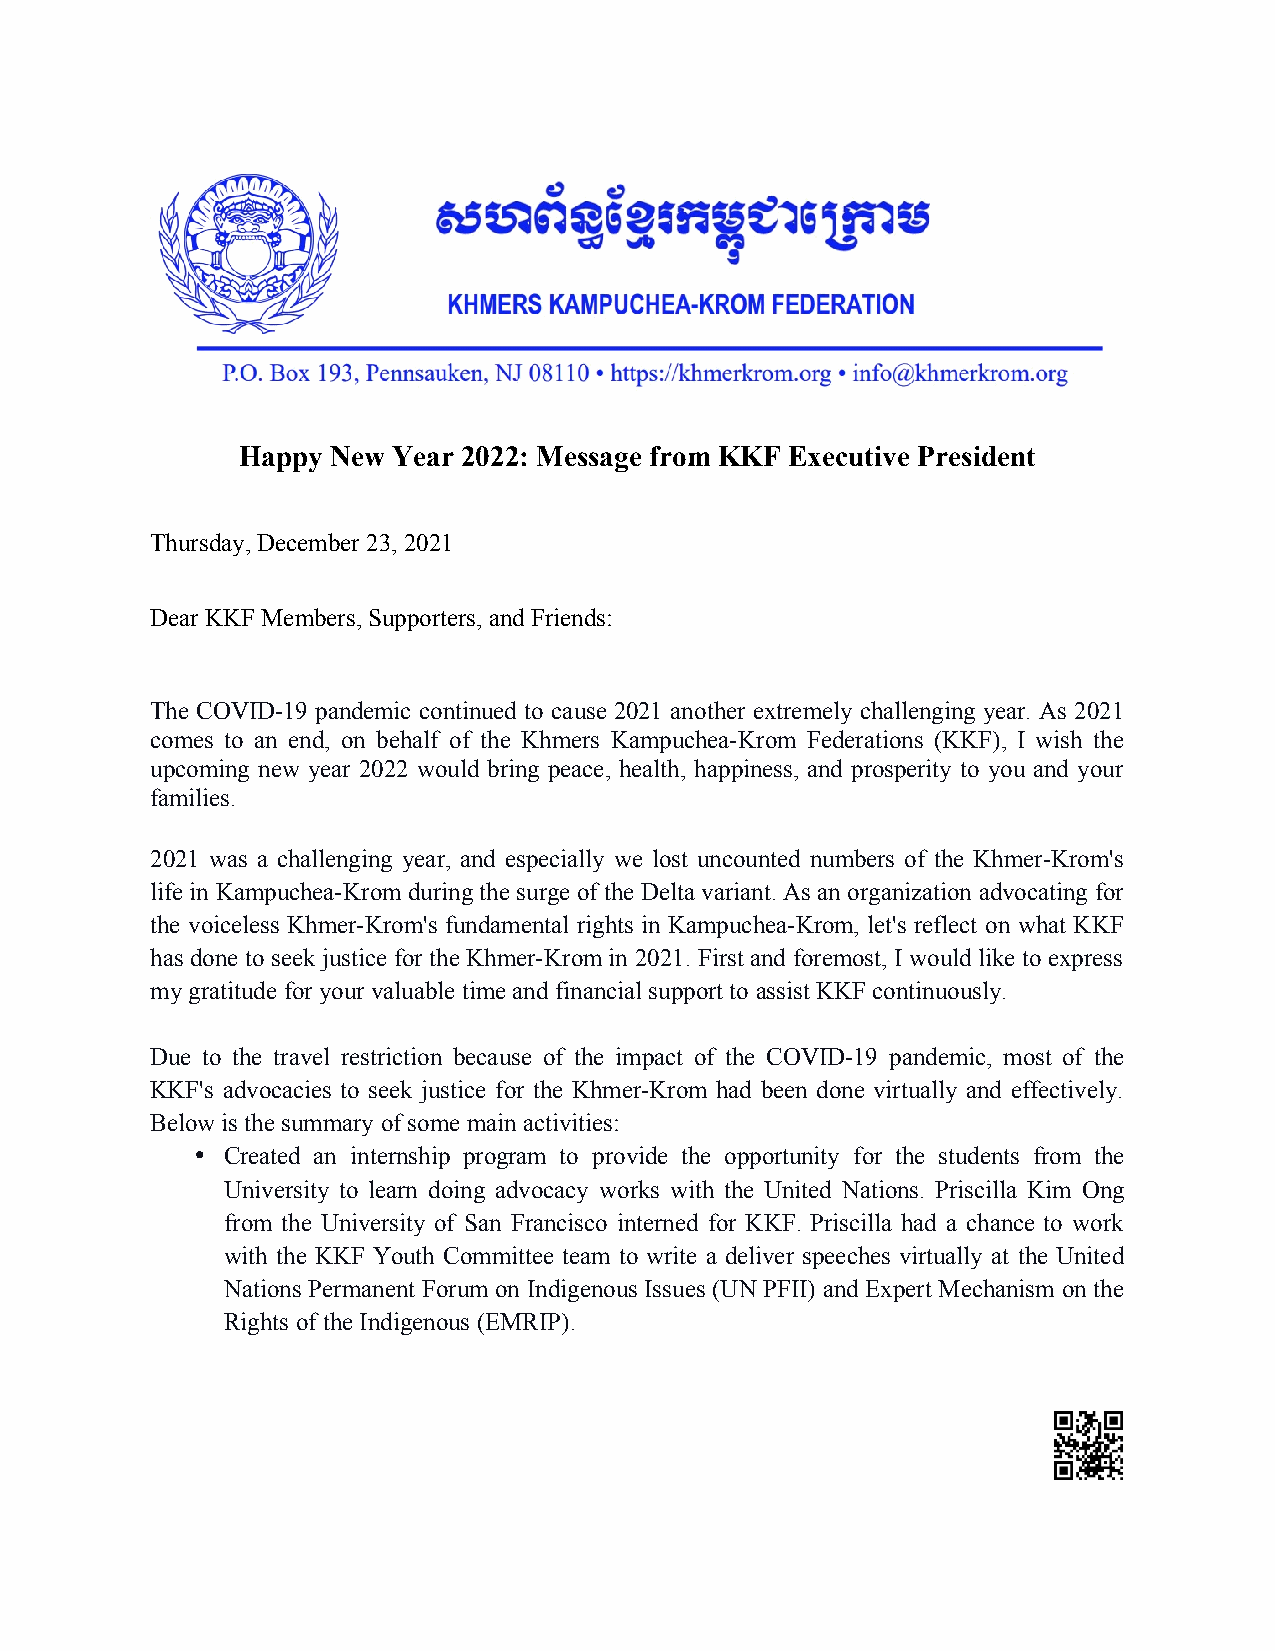
Happy New Year 2022: Message from KKF Executive President
 Thursday, December 23, 2021
 Dear KKF Members, Supporters, and Friends:
 The COVID-19 pandemic continued to cause 2021 another extremely challenging year. As 2021
 comes to an end, on behalf of the Khmers Kampuchea-Krom Federations (KKF), I wish the
 upcoming new year 2022 would bring peace, health, happiness, and prosperity to you and your
 families.
 2021 was a challenging year, and especially we lost uncounted numbers of the Khmer-Krom's
 life in Kampuchea-Krom during the surge of the Delta variant. As an organization advocating for
 the voiceless Khmer-Krom's fundamental rights in Kampuchea-Krom, let's reflect on what KKF
 has done to seek justice for the Khmer-Krom in 2021. First and foremost, I would like to express
 my gratitude for your valuable time and financial support to assist KKF continuously.
 Due to the travel restriction because of the impact of the COVID-19 pandemic, most of the
 KKF's advocacies to seek justice for the Khmer-Krom had been done virtually and effectively.
 Below is the summary of some main activities:
  Created an internship program to provide the opportunity for the students from the
 University to learn doing advocacy works with the United Nations. Priscilla Kim Ong
 from the University of San Francisco interned for KKF. Priscilla had a chance to work
 with the KKF Youth Committee team to write a deliver speeches virtually at the United
 Nations Permanent Forum on Indigenous Issues (UN PFII) and Expert Mechanism on the
 Rights of the Indigenous (EMRIP).